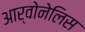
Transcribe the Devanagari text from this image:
आर्वोनेलिस